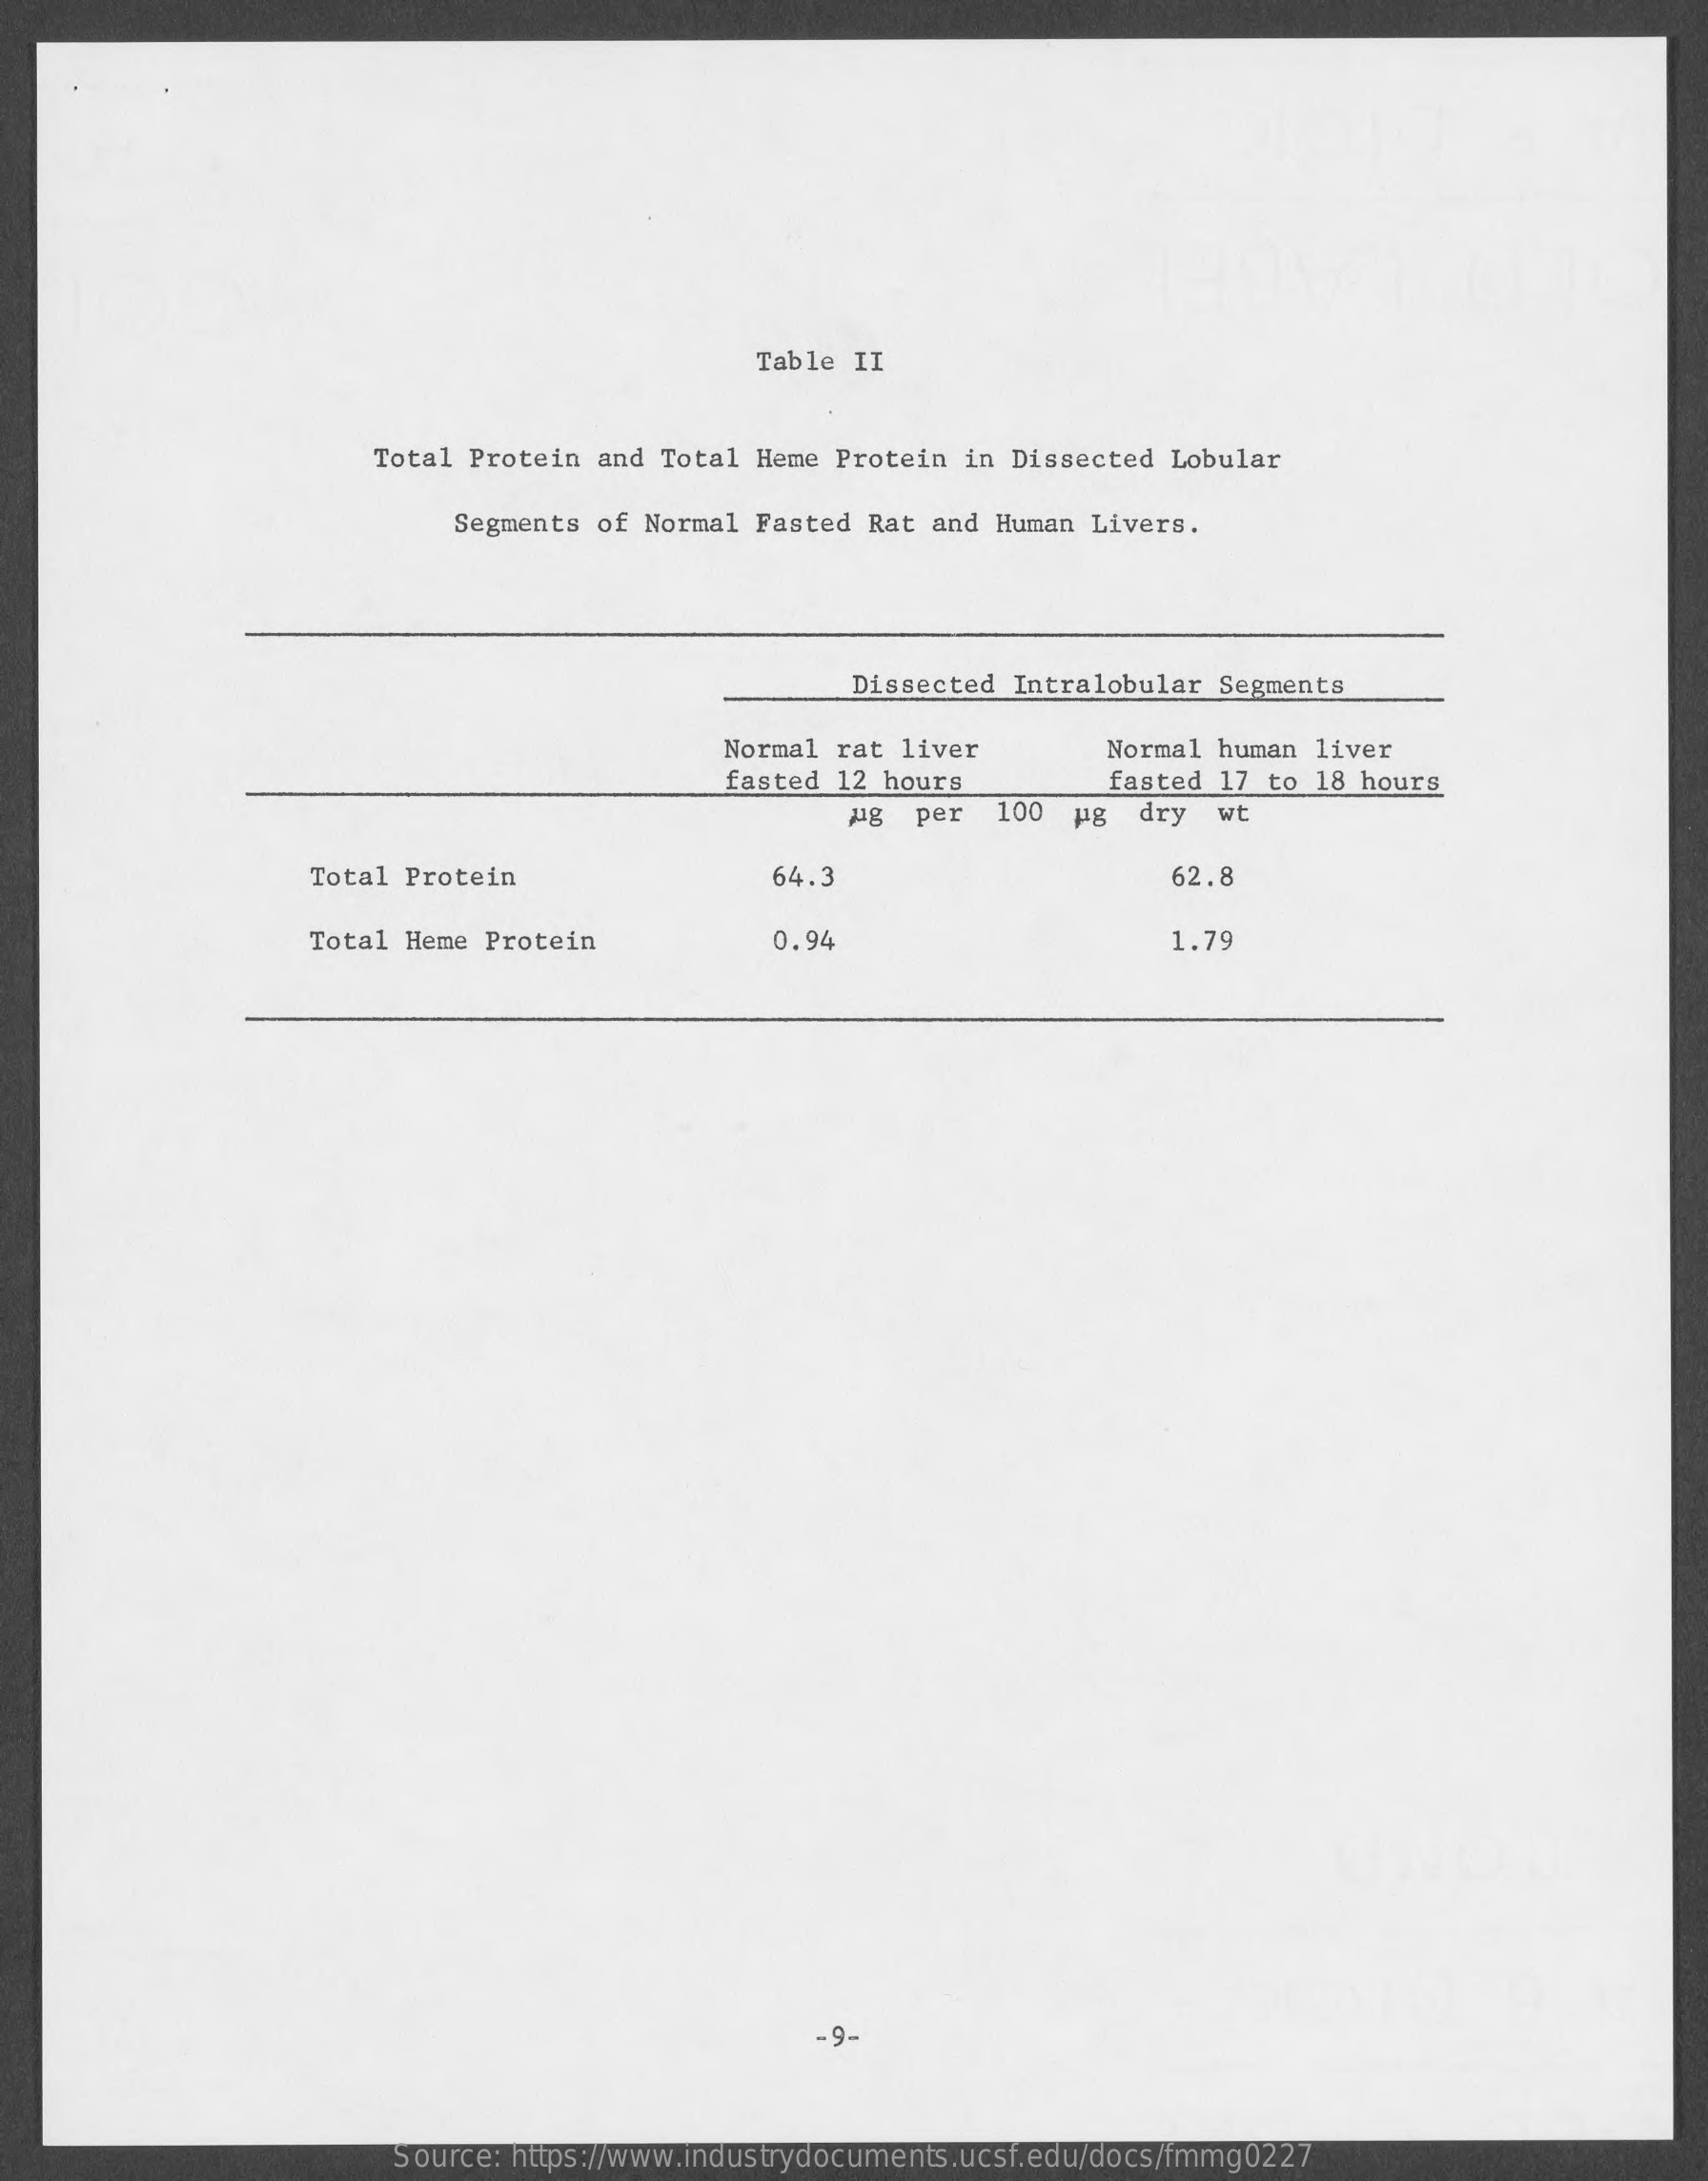
Table II
     Total Protein and  Total Heme Protein in Dissected Lobular
     Segments of Normal  Fasted Rat and Human Livers.
     Dissected Intralobular Segments
     Normal rat liver    Normal human liver
     fasted 12 hours    fasted 17 to  18 hours
     ug  per  100    dry  wt
     Total Protein    64.3    62.8
     Total Heme Protein    0.94    1.79
     -9-
     Source: https://www.industrydocuments.ucsf.edu/docs/fmmg0227